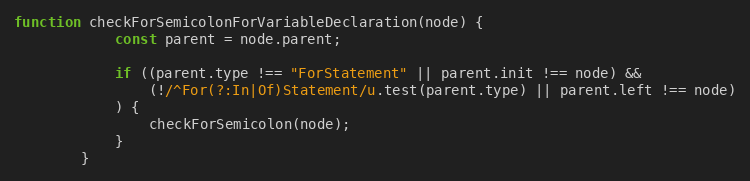
Language: JavaScript
function checkForSemicolonForVariableDeclaration(node) {
            const parent = node.parent;

            if ((parent.type !== "ForStatement" || parent.init !== node) &&
                (!/^For(?:In|Of)Statement/u.test(parent.type) || parent.left !== node)
            ) {
                checkForSemicolon(node);
            }
        }